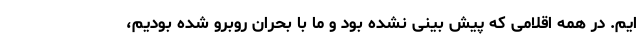
ایم. در همه اقلامی که پیش بینی نشده بود و ما با بحران روبرو شده بودیم،